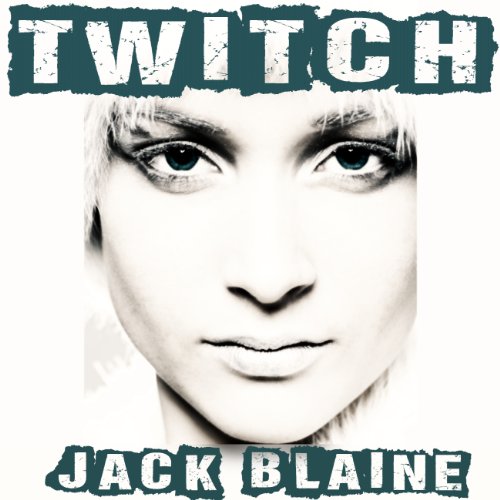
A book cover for Twitch; Jack Blaine; Romance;